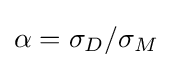
\alpha ={\sigma _{D}}/{\sigma _{M}}